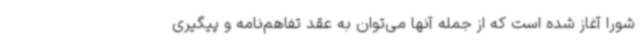
شورا آغاز شده است که از جمله آنها می‌توان به عقد تفاهم‌نامه و پیگیری